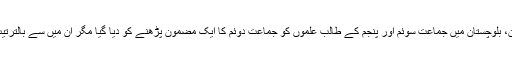
رپورٹ کے مطابق سروے کے دوران، بلوچستان میں جماعت سوئم اور پنجم کے طالب علموں کو جماعت دوئم کا ایک مضمون پڑھنے کو دیا گیا مگر ان میں سے بالترتیب 94 اور 68 فیصد ایسا نہ کرسکے۔